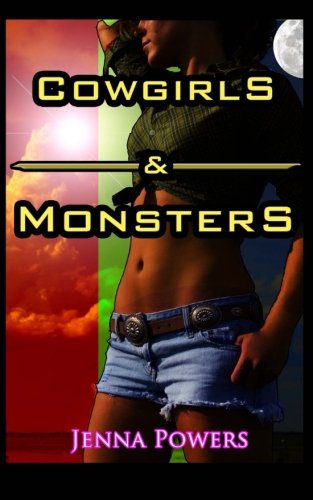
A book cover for Cowgirls and Monsters: Three Paranormal Sex Stories (Volume 1); Jenna Powers; Romance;